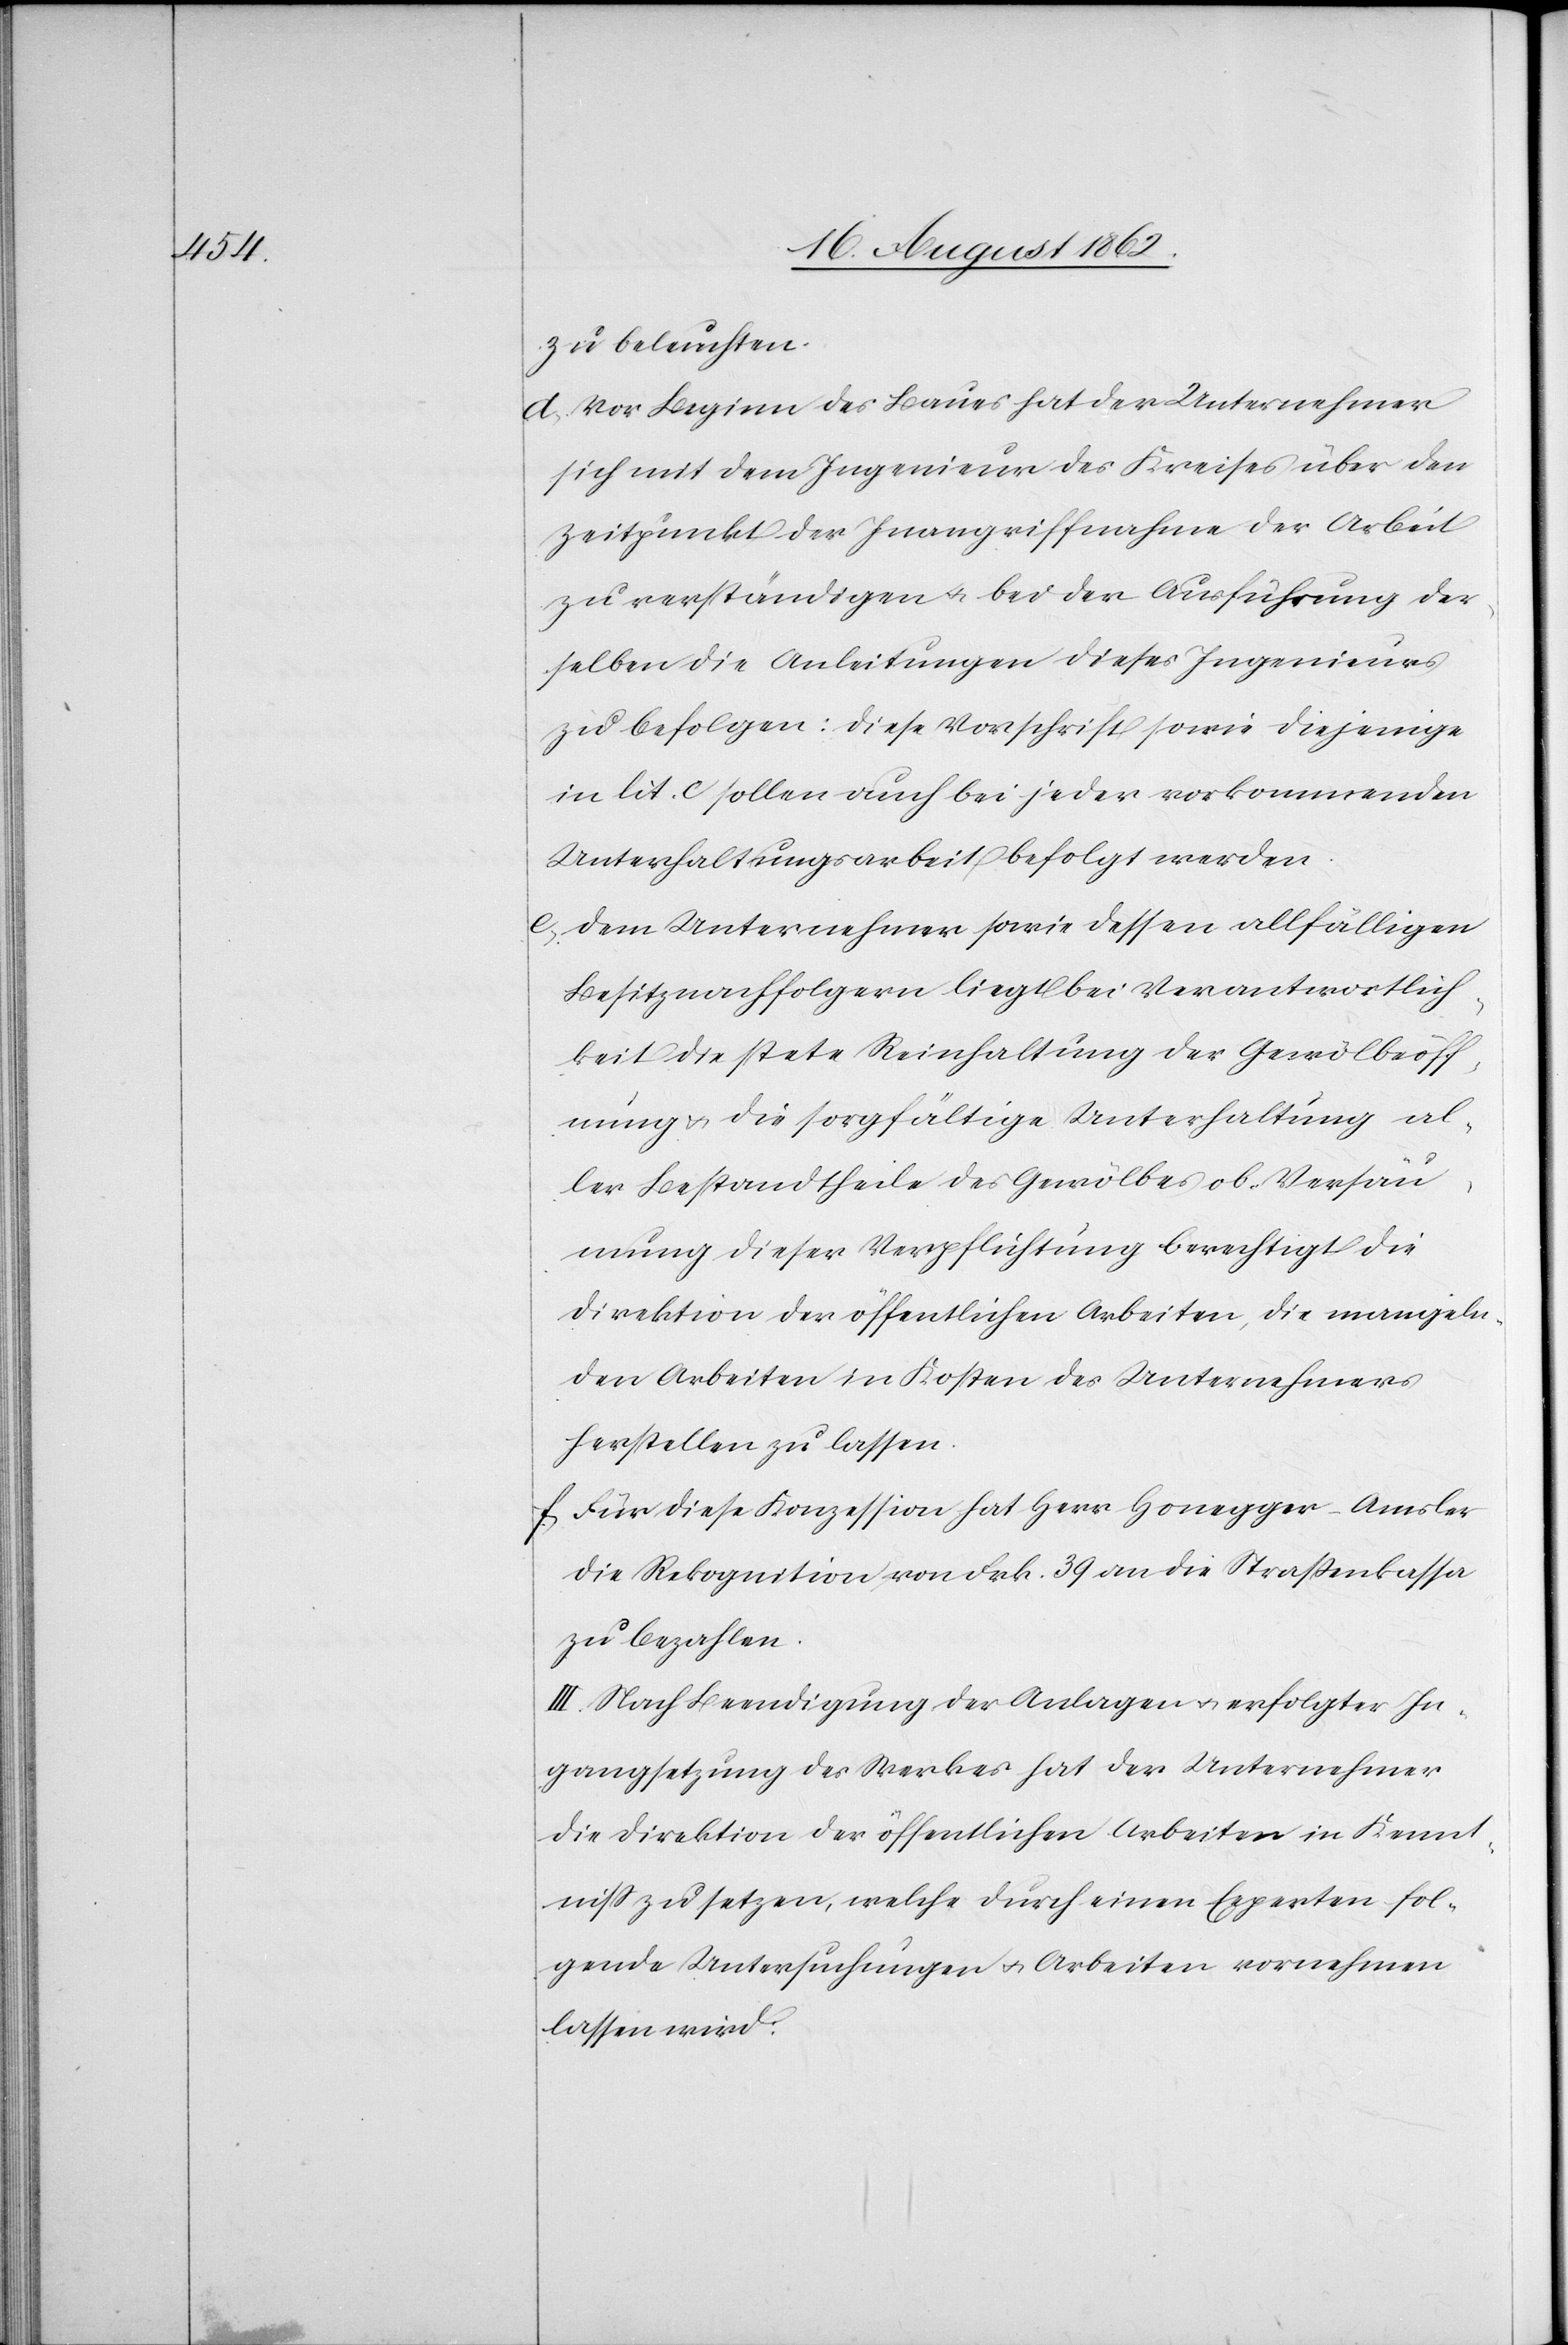
zu beleuchten.
d. Vor Beginn des Baues hat der Unternehmer
sich mit dem Ingenieur des Kreises über den
Zeitpunkt der Inangriffnahme der Arbeit
zu verständigen u. bei der Ausführung der¬
selben die Anleitungen dieses Ingenieurs
zu befolgen: Diese Vorschrift sowie diejenige
in lit. c sollen auch bei jeder vorkommenden
Unterhaltungsarbeit befolgt werden.
e. Dem Unternehmer sowie dessen allfälligen
Besitznachfolgern liegt bei Verantwortlich¬
keit die stete Reinhaltung der Gewölbeöff¬
nung u. die sorgfältige Unterhaltung al¬
ler Bestandtheile des Gewölbes ob. Versäu¬
mung dieser Verpflichtung berechtigt die
Direktion der öffentlichen Arbeiten, die mangeln¬
den Arbeiten in Kosten des Unternehmers
herstellen zu lassen.
f. Für diese Konzession hat Herr Honegger-Amsler
die Rekognition von Frk. 39 an die Straßenkassa
zu bezahlen.
III. Nach Beendigung der Anlagen u. erfolgter In¬
gangsetzung des Werkes hat der Unternehmer
die Direktion der öffentlichen Arbeiten in Kennt¬
niß zu setzen, welche durch einen Experten fol¬
gende Untersuchungen u. Arbeiten vornehmen
lassen wird: